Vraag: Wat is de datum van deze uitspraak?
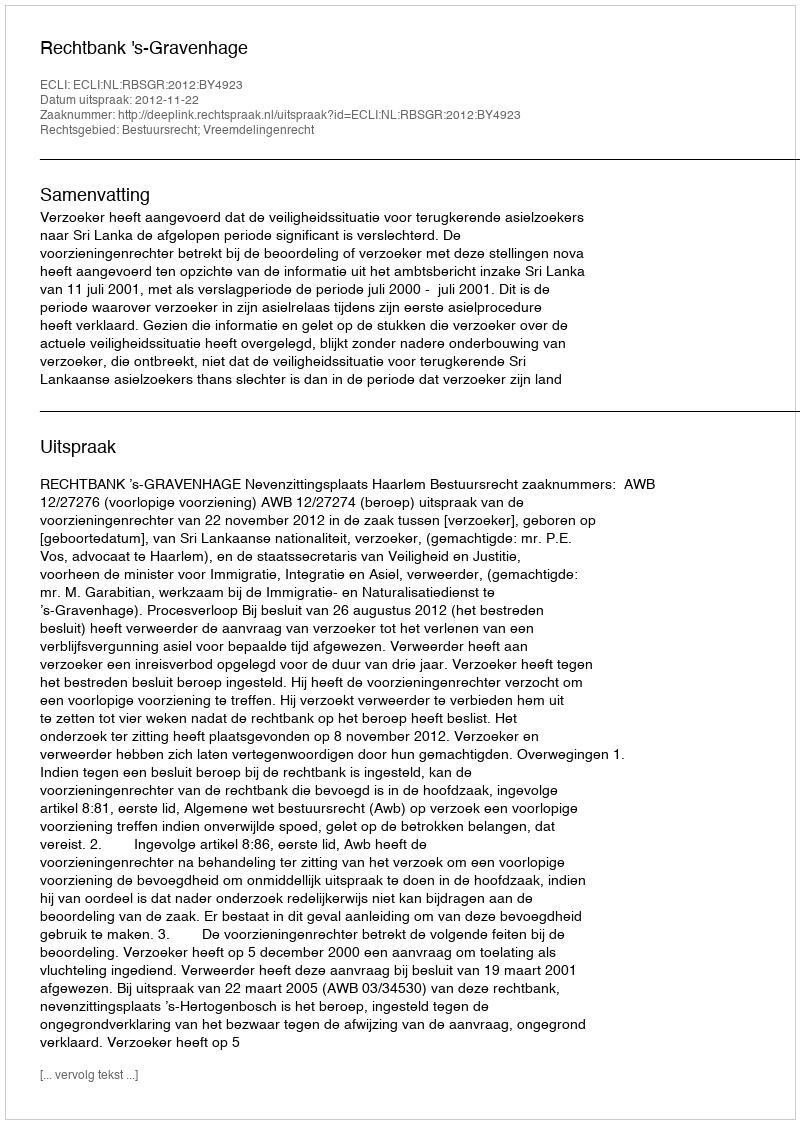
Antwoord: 2012-11-22